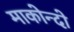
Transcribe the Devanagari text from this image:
माकोन्दो